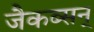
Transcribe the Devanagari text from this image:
जैकब्सन्